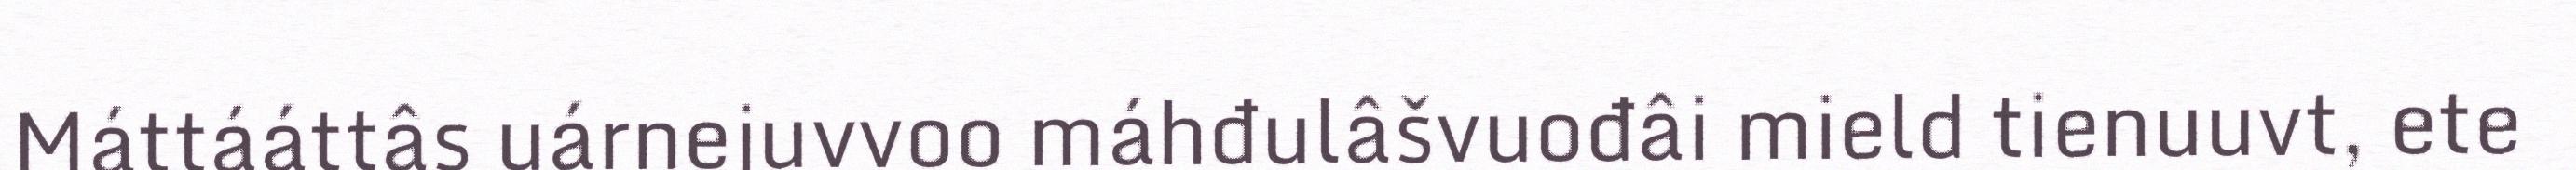
Máttááttâs uárnejuvvoo máhđulâšvuođâi mield tienuuvt, ete